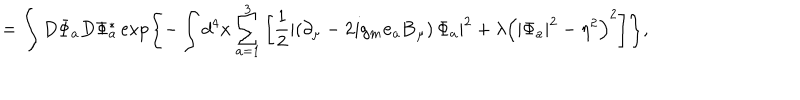
= \int D \Phi _ { a } D \Phi _ { a } ^ { * } \exp \left\{ - \int d ^ { 4 } x \sum _ { a = 1 } ^ { 3 } \left[ \frac 1 2 \left| \left( \partial _ { \mu } - 2 i g _ { m } { \bf e } _ { a } { \bf B } _ { \mu } \right) \Phi _ { a } \right| ^ { 2 } + \lambda \left( | \Phi _ { a } | ^ { 2 } - \eta ^ { 2 } \right) ^ { 2 } \right] \right\} ,